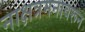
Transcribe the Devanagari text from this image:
नाक्षत्रमनावरून